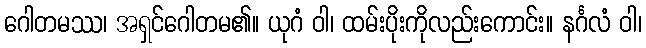
ဂေါတမဿ၊ အရှင်ဂေါတမ၏။ ယုဂံ ဝါ၊ ထမ်းပိုးကိုလည်းကောင်း။ နင်္ဂလံ ဝါ၊